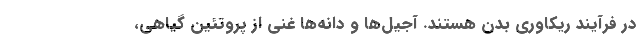
در فرآیند ریکاوری بدن هستند. آجیل‌ها و دانه‌ها غنی از پروتئین گیاهی،